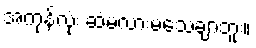
အကုန်လုံး ဆံ့မလားမသေချာဘူး။